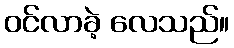
ဝင်လာခဲ့ လေသည်။